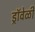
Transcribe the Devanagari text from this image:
ड्रॉवेळी